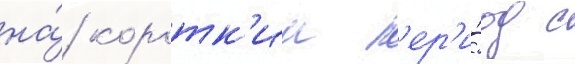
на́ коротк'ии п'ер'и́од с